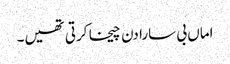
اماں بی سارا دن چیخا کرتی تھیں۔